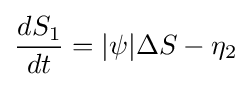
{dS_{1} \over dt}=|\psi |\Delta S-\eta _{2}